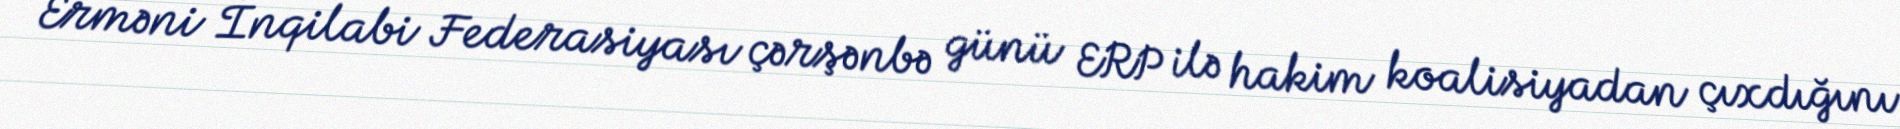
Erməni İnqilabi Federasiyası çərşənbə günü ERP ilə hakim koalisiyadan çıxdığını